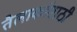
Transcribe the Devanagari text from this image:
तैलार्कासाठी